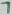
Text: 7